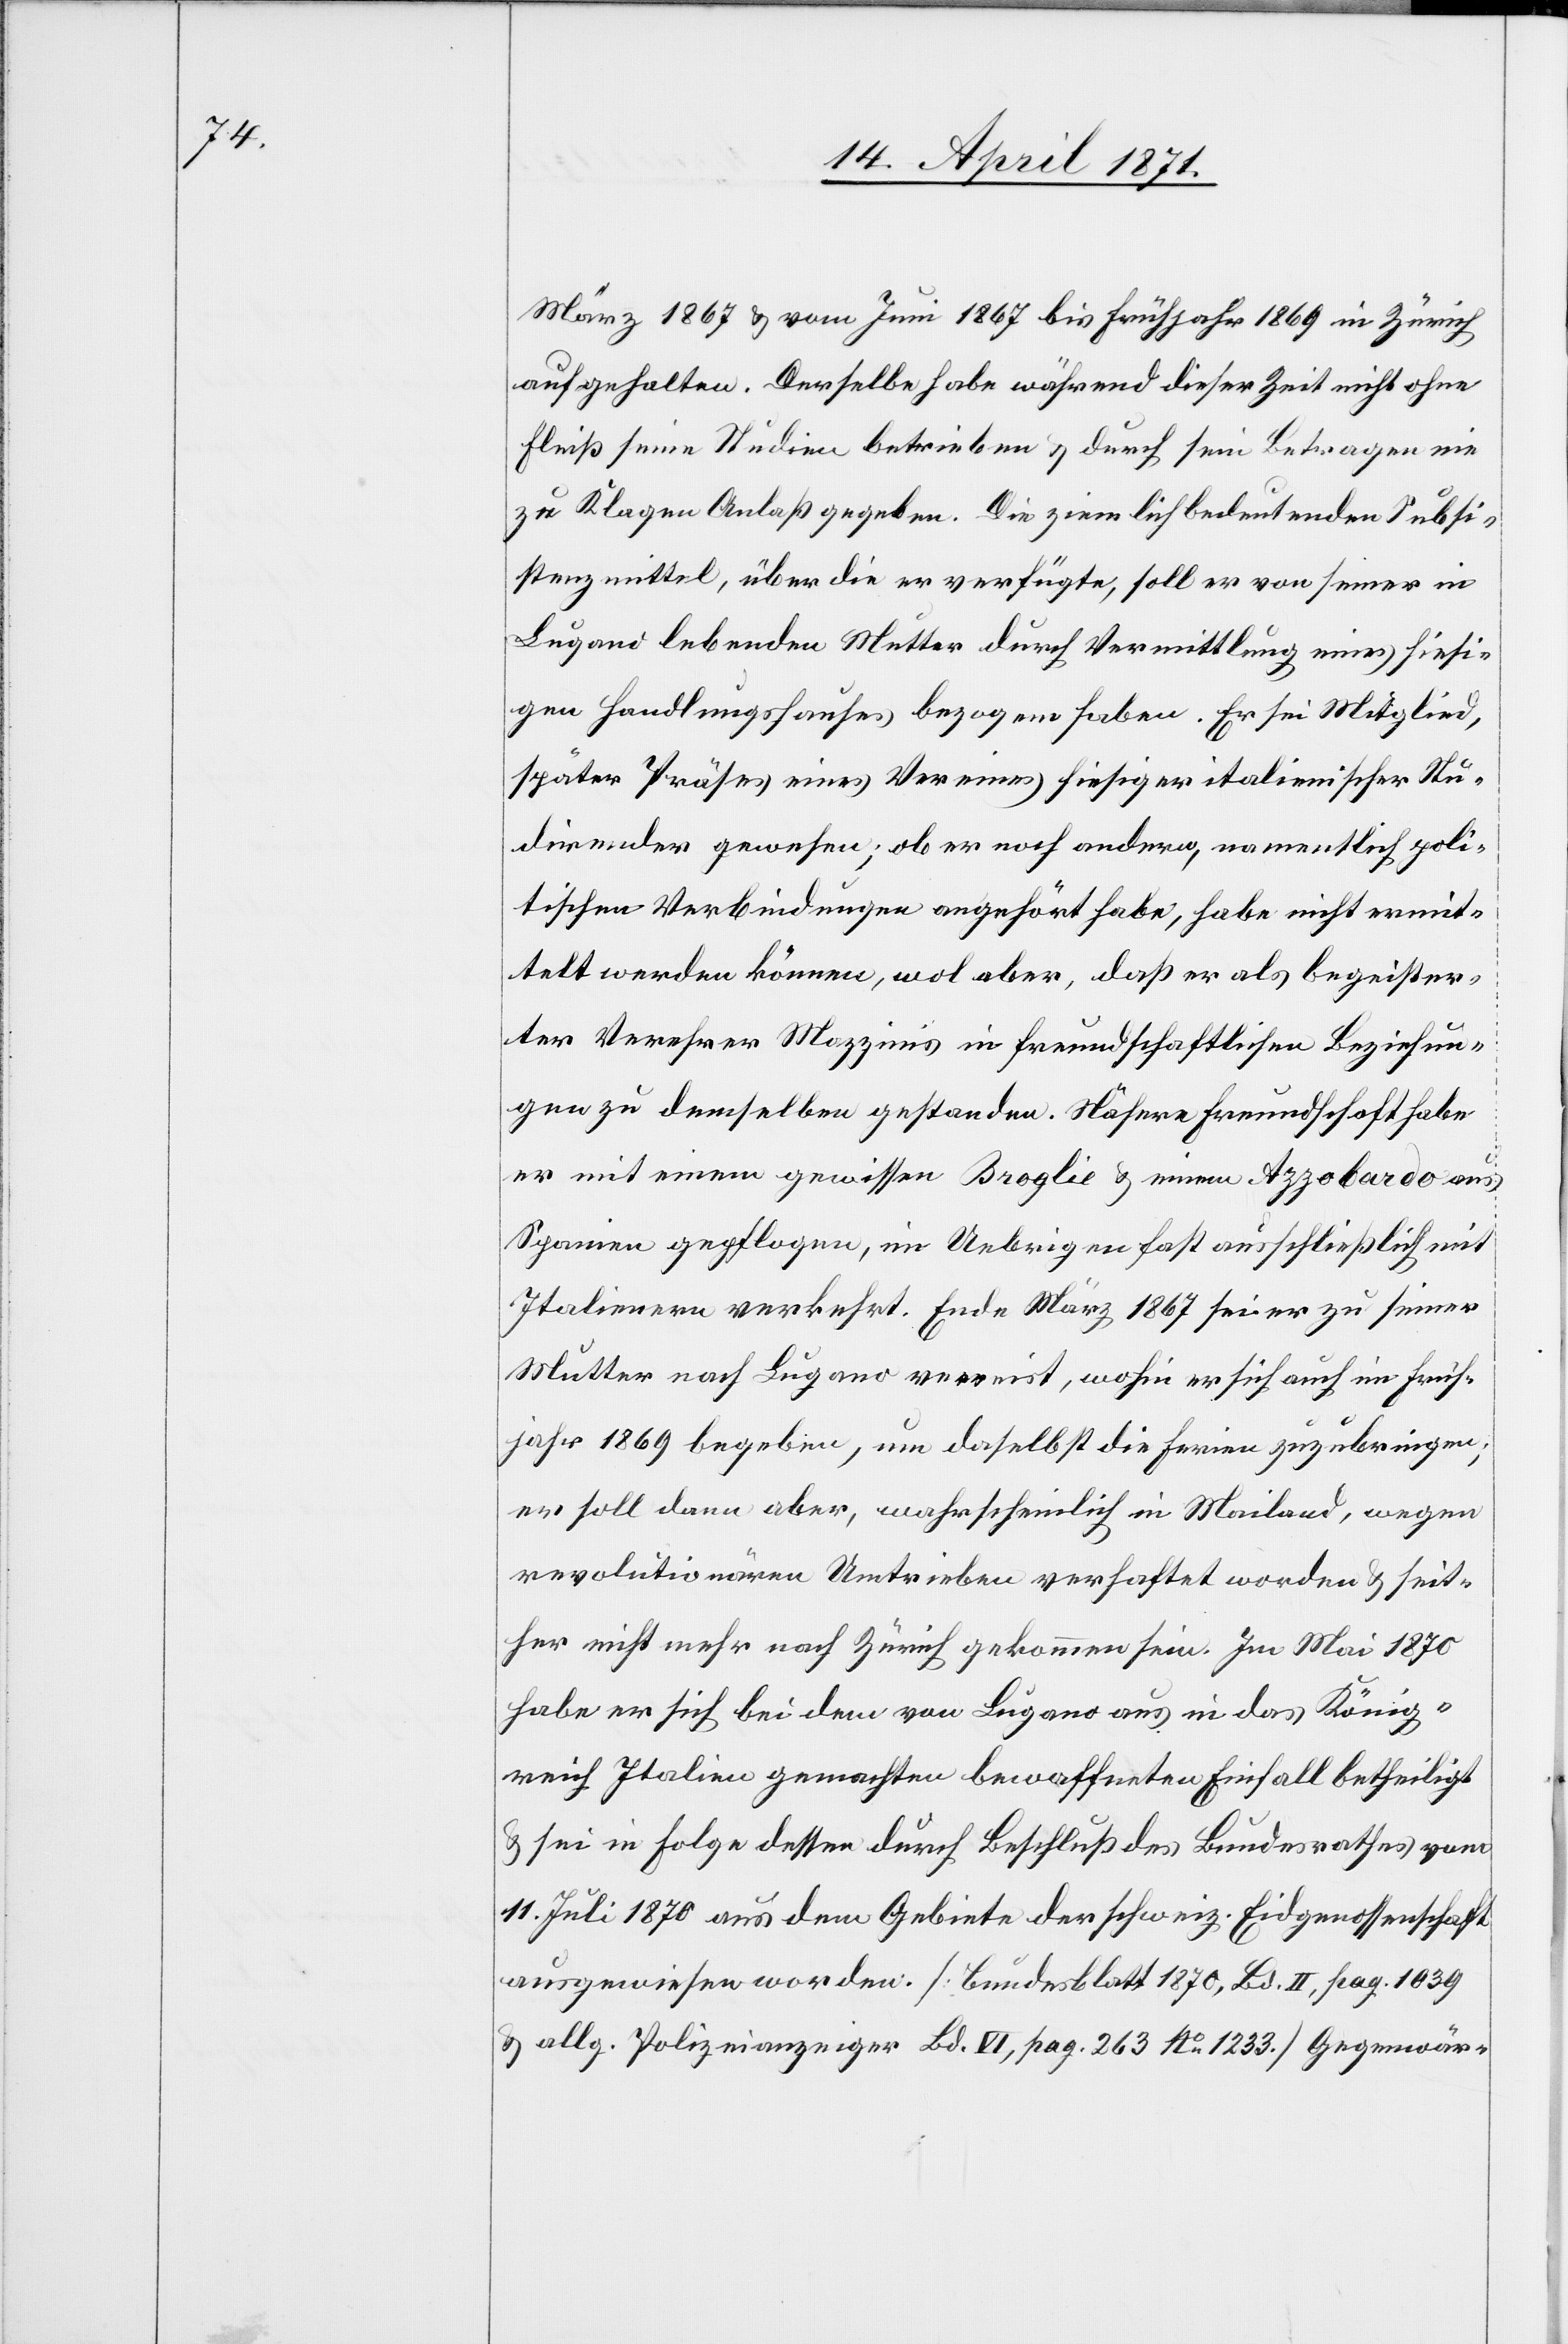
März 1867 u. vom Juni 1867 bis Frühjahr 1869 in Zürich
aufgehalten. Derselbe habe während dieser Zeit nicht ohne
Fleiß seine Studien betrieben u. durch sein Betragen nie
zu Klagen Anlaß gegeben. Die ziemlich bedeutende Subsi¬
stenzmittel, über die er verfügte, soll er von seiner in
Lugano lebenden Mutter durch Vermittlung eines hiesi¬
gen Handlungshauses bezogen haben. Er sei Mitglied,
später Präses eines Vereins hiesiger italienischer Stu¬
dierender gewesen; ob er noch andern, namentlich poli¬
tischen Verbindungen angehört habe, habe nicht ermit¬
telt werden können, wol aber, daß er als begeister¬
ter Verehrer Mazzinis in freundschaftlichen Beziehun¬
gen zu demselben gestanden. Nähere Freundschaft habe
er mit einem gewissen Broglie u. einem Azzobardo aus
Spanien gepflogen, im Uebrigen fast ausschließlich mit
Italienern verkehrt. Ende März 1867 sei er zu seiner
Mutter nach Lugano verreist, wohin er sich auch im Früh¬
jahr 1869 begeben, um daselbst die Ferien zuzubringen;
er soll dann aber wahrscheinlich in Mailand, wegen
revolutionären Umtrieben verhaftet worden u. seit¬
her nicht mehr nach Zürich gekommen sein. Im Mai 1870
habe er sich bei dem von Lugano aus in das König¬
reich Italien gemachten bewaffneten Einfall betheiligt
u. sei in Folge dessen durch Beschluß des Bundesrathes vom
11. Juli 1870 aus dem Gebiete der schweiz. Eidgenossenschaft
ausgewiesen worden. [Bundesblatt 1870, Bd. II, pag. 1039
u. allg. Polizeianzeiger Bd. VI, pag. 263 No. 1233.] Gegenwär-